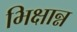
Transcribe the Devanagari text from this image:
भिक्षान्न